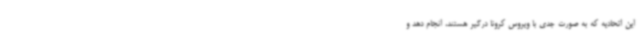
این اتحادیه که به صورت جدی با ویروس کرونا درگیر هستند، انجام دهد و